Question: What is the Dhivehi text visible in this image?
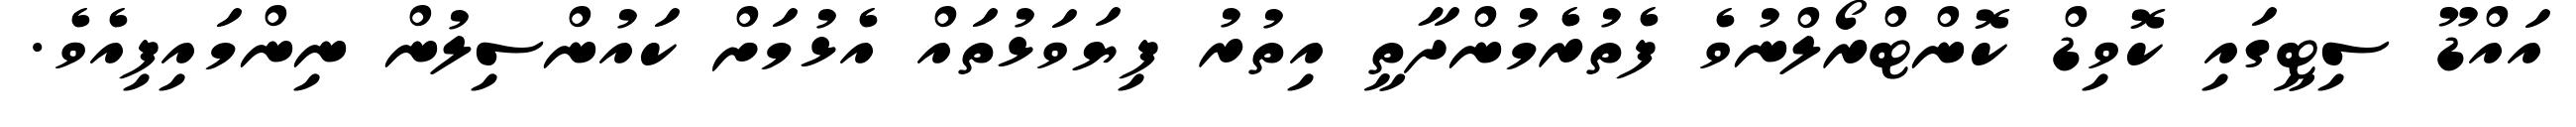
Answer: އައްޑޫ ސިޓީގައި ކޮވިޑް ކޮންޓްރޯލްނުވެ ފެތުރެމުންދާތީ އިތުރު ފިޔަވަޅުތައް އެޅުމަށް ކައުންސިލުން ނިންމައިފިއެވެ.